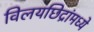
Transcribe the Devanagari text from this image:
विलयछिद्रांमध्ये